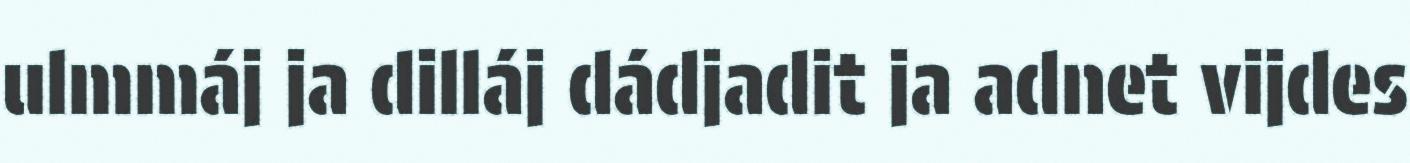
ulmmáj ja dilláj dádjadit ja adnet vijdes